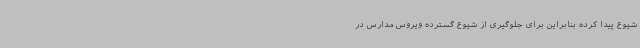
شیوع پیدا کرده بنابراین برای جلوگیری از شیوع گسترده ویروس مدارس در